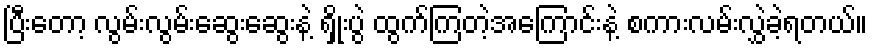
ပြီးတော့ လွမ်းလွမ်းဆွေးဆွေးနဲ့ ရှိုးပွဲ ထွက်ကြတဲ့အကြောင်းနဲ့ စကားလမ်းလွှဲခဲ့ရတယ်။